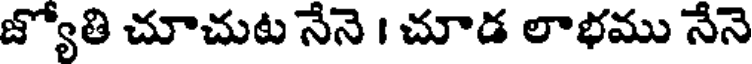
జ్యోతి చూచుట నేనె । చూడ లాభము నేనె